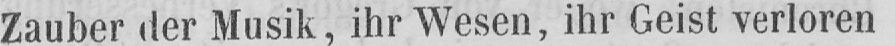
Zauber der Musik, ihr Wesen, ihr Geist verloren